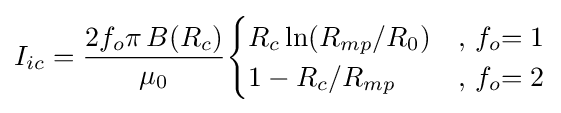
I_{ic}={\frac {2f_{o}\pi \,B(R_{c})}{\mu _{0}}}{\begin{cases}R_{c}\ln(R_{mp}/R_{0})&{\text{, }}f_{o}{=1}\\1-R_{c}/R_{mp}&{\text{, }}f_{o}{=2}\end{cases}}